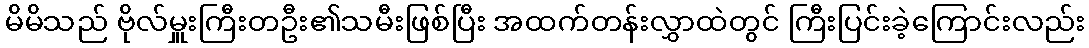
မိမိသည် ဗိုလ်မှူးကြီးတဦး၏သမီးဖြစ်ပြီး အထက်တန်းလွှာထဲတွင် ကြီးပြင်းခဲ့ကြောင်းလည်း